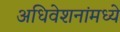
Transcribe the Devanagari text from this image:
अधिवेशनांमध्ये